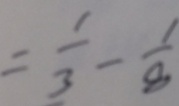
= \frac { 1 } { 3 } - \frac { 1 } { 8 }